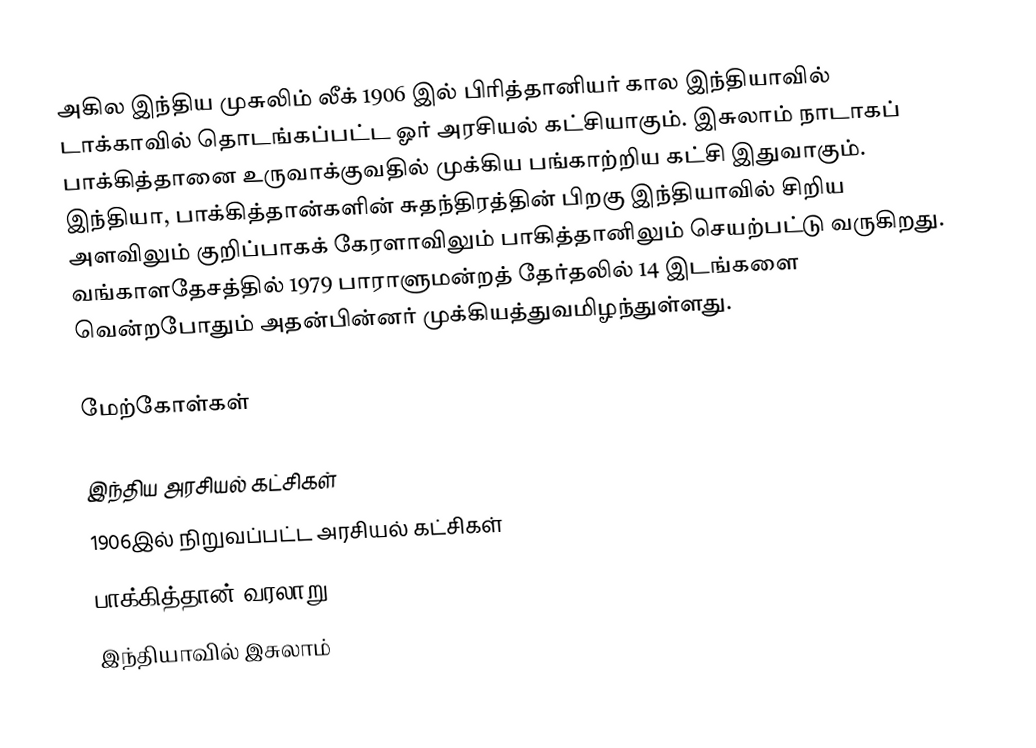
அகில இந்திய முசுலிம் லீக் 1906 இல் பிரித்தானியர் கால இந்தியாவில் டாக்காவில் தொடங்கப்பட்ட ஓர் அரசியல் கட்சியாகும். இசுலாம் நாடாகப் பாக்கித்தானை உருவாக்குவதில் முக்கிய பங்காற்றிய கட்சி இதுவாகும். இந்தியா, பாக்கித்தான்களின் சுதந்திரத்தின் பிறகு இந்தியாவில் சிறிய அளவிலும் குறிப்பாகக் கேரளாவிலும் பாகித்தானிலும் செயற்பட்டு வருகிறது. வங்காளதேசத்தில் 1979 பாராளுமன்றத் தேர்தலில் 14 இடங்களை வென்றபோதும் அதன்பின்னர் முக்கியத்துவமிழந்துள்ளது.

மேற்கோள்கள்

இந்திய அரசியல் கட்சிகள்
1906இல் நிறுவப்பட்ட அரசியல் கட்சிகள்
பாக்கித்தான் வரலாறு
இந்தியாவில் இசுலாம்